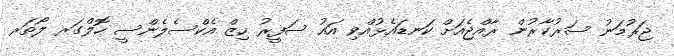
ޖަރުމަނު ސަރުކާރުން ރާއްޖެއަށް ކަނޑައެޅުއްވި އައު ސަފީރު ހިޒް އެކްސެލެންސީ ހޮލްގަރ ލޯތަރ